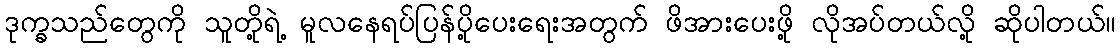
ဒုက္ခသည်တွေကို သူတို့ရဲ့ မူလနေရပ်ပြန်ပို့ပေးရေးအတွက် ဖိအားပေးဖို့ လိုအပ်တယ်လို့ ဆိုပါတယ်။